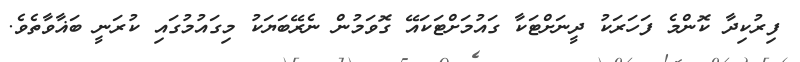
ފިރުކިދާ ކޮންމެ ފަހަރަކު ދީނަށްޓަކާ ގައުމަށްޓަކައޭ ގޮވަމުން ނެރޭބަޔަކު މިގައުމުގައި ކުރަނީ ބަޣާވާތެވެ.